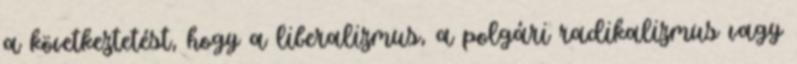
a következtetést, hogy a liberalizmus, a polgári radikalizmus vagy